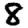
Digit: 8